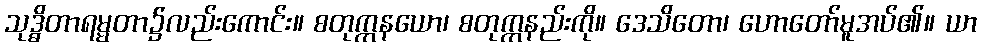
သုဒ္ဓိတာရမ္မတာ၌လည်းကောင်း။ စတုက္ကနယော၊ စတုက္ကနည်းကို။ ဒေသိတော၊ ဟောတော်မူအပ်၏။ ယာ